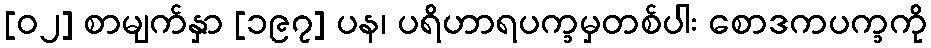
[၀၂] စာမျက်နှာ [၁၉၇] ပန၊ ပရိဟာရပက္ခမှတစ်ပါး စောဒကပက္ခကို